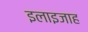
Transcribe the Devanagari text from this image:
इलाइजाह